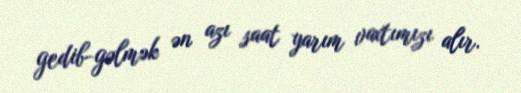
gedib-gəlmək ən azı saat yarım vaxtımızı alır.